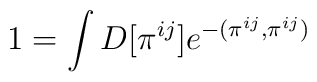
1=\int D[\pi^{ij}] e^{-(\pi^{ij},\pi^{ij})}